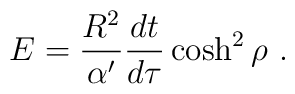
E = {R^2\over \alpha'} {dt\over d\tau}\cosh^2 \rho\ .